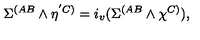
\Sigma ^ { ( A B } \wedge \eta ^ { ' C ) } = i _ { v } ( \Sigma ^ { ( A B } \wedge \chi ^ { C ) } ) ,